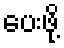
ပေးဖို့